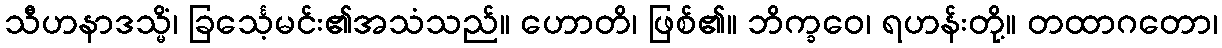
သီဟနာဒသ္မိံ၊ ခြင်္သေ့မင်း၏အသံသည်။ ဟောတိ၊ ဖြစ်၏။ ဘိက္ခဝေ၊ ရဟန်းတို့။ တထာဂတော၊